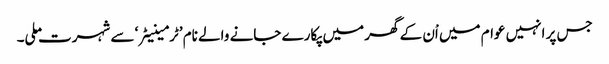
جس پر انہیں عوام میں اْن کے گھر میں پکارے جانے والے نام ’ٹرمینیٹر‘ سے شہرت ملی۔